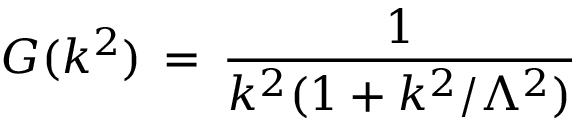
G ( k ^ { 2 } ) \, = \, \frac { 1 } { k ^ { 2 } ( 1 + k ^ { 2 } / \Lambda ^ { 2 } ) }